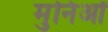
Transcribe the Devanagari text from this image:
मुनिओं